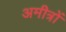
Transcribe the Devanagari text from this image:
अमीत्रों